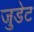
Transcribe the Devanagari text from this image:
जुडेट